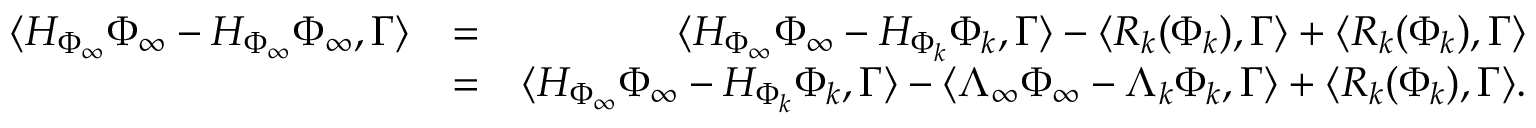
\begin{array} { r l r } { \langle H _ { \Phi _ { \infty } } \Phi _ { \infty } - H _ { \Phi _ { \infty } } \Phi _ { \infty } , \Gamma \rangle } & { = } & { \langle H _ { \Phi _ { \infty } } \Phi _ { \infty } - H _ { \Phi _ { k } } \Phi _ { k } , \Gamma \rangle - \langle R _ { k } ( \Phi _ { k } ) , \Gamma \rangle + \langle R _ { k } ( \Phi _ { k } ) , \Gamma \rangle } \\ & { = } & { \langle H _ { \Phi _ { \infty } } \Phi _ { \infty } - H _ { \Phi _ { k } } \Phi _ { k } , \Gamma \rangle - \langle \Lambda _ { \infty } \Phi _ { \infty } - \Lambda _ { k } \Phi _ { k } , \Gamma \rangle + \langle R _ { k } ( \Phi _ { k } ) , \Gamma \rangle . } \end{array}